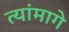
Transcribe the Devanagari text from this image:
त्यांमागे